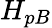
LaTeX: H_{pB}